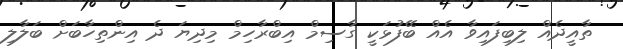
ތާއީދެއް ލިބިފައިވާ އެއް ބޭފުޅަކީ ގާސިމް އިބްރާހިމް މިދިޔަ ދެ އިންތިހާބަށް ބަލާލި